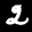
Label: 2